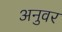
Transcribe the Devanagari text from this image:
अनुवर